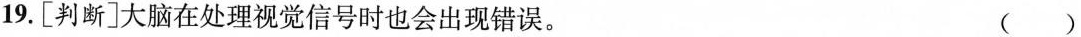
19.[判断]大脑在处理视觉信号时也会出现错误。 ( )